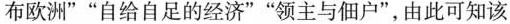
布欧洲””自给自足的经济””领主与佃户”，由此可知该